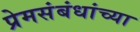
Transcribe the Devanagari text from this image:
प्रेमसंबंधांच्या